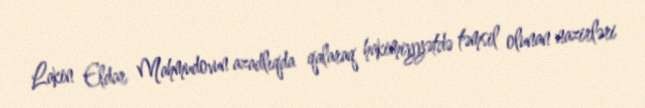
Lakin Eldar Mahmudovun azadlıqda qalaraq hakimiyyətdə təmsil olunan nazirləri